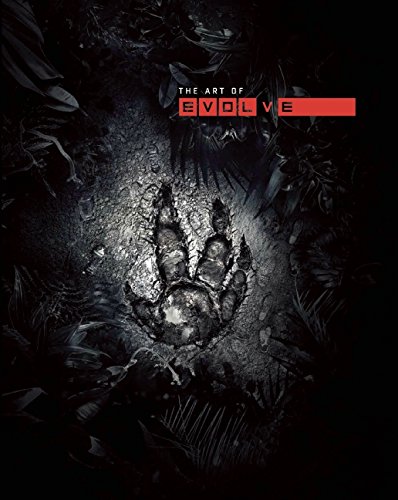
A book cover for The Art of Evolve; 2K Games; Arts & Photography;